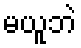
မယူဘဲ